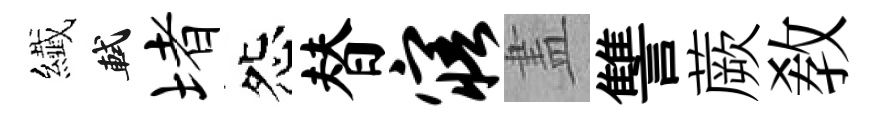
纎軾堵怨替寤𥁞讐蕨敎